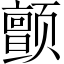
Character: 颤